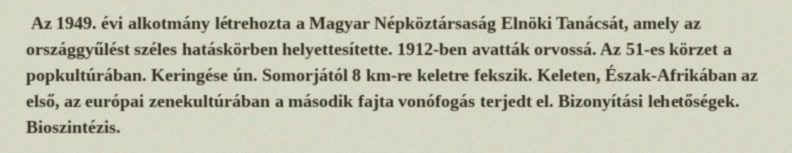
Az 1949. évi alkotmány létrehozta a Magyar Népköztársaság Elnöki Tanácsát, amely az országgyűlést széles hatáskörben helyettesítette. 1912-ben avatták orvossá. Az 51-es körzet a popkultúrában. Keringése ún. Somorjától 8 km-re keletre fekszik. Keleten, Észak-Afrikában az első, az európai zenekultúrában a második fajta vonófogás terjedt el. Bizonyítási lehetőségek. Bioszintézis.